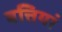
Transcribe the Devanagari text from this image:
बत्तियां